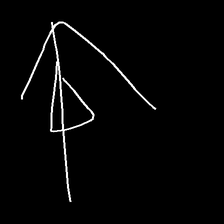
Glyph: pull